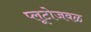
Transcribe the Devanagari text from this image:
प्लूटोजवळ